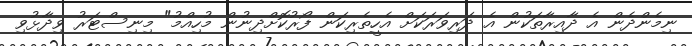
ނިމެންދެން އެ ދާއިރާތަކުން އެ ދަރިވަރަކަށް އެހީތެރިކަން ފޯރުކޮށްދިނުން މުހިއްމު" މިނިސްޓަރު ވިދާޅުވި